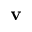
\bf v